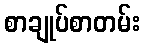
စာချုပ်စာတမ်း